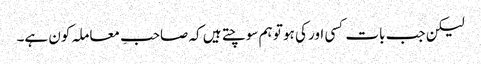
لیکن جب بات کسی اور کی ہو تو ہم سوچتے ہیں کہ صاحبِ معاملہ کون ہے۔